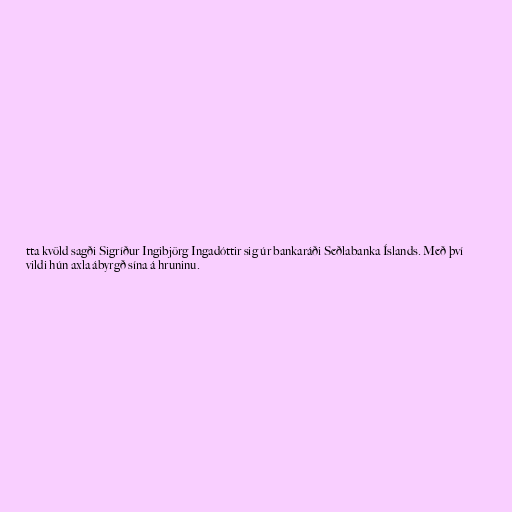
tta kvöld sagði Sigríður Ingibjörg Ingadóttir sig úr bankaráði Seðlabanka Íslands. Með því
vildi hún axla ábyrgð sína á hruninu.